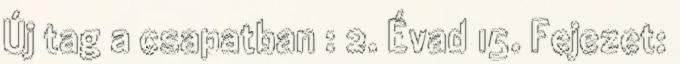
Új tag a csapatban : 2. Évad 15. Fejezet: